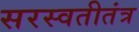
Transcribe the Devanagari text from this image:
सरस्वतीतंत्र